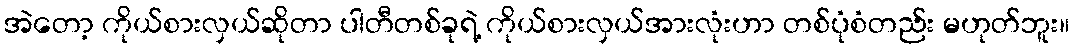
အဲတော့ ကိုယ်စားလှယ်ဆိုတာ ပါတီတစ်ခုရဲ့ ကိုယ်စားလှယ်အားလုံးဟာ တစ်ပုံစံတည်း မဟုတ်ဘူး။